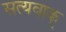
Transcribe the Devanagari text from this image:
सत्यवाक्‌